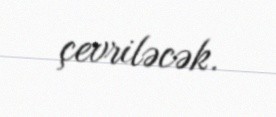
çevriləcək.